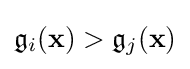
{\mathfrak {g}}_{i}(\mathbf {x} )>{\mathfrak {g}}_{j}(\mathbf {x} )